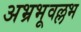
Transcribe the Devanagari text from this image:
अभ्रभूवल्लभ